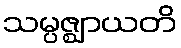
သမ္ပဇ္ဈာယတိ